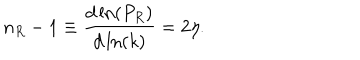
LaTeX: n _ { R } - 1 \equiv \frac { d \ln ( P _ { R } ) } { d \ln ( k ) } = 2 \eta .